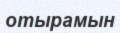
отырамын